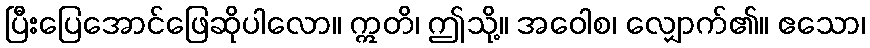
ပြီးပြေအောင်ဖြေဆိုပါလော။ ဣတိ၊ ဤသို့။ အဝေါစ၊ လျှောက်၏။ ဧသော၊